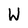
Character: W